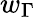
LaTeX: w_{\Gamma}